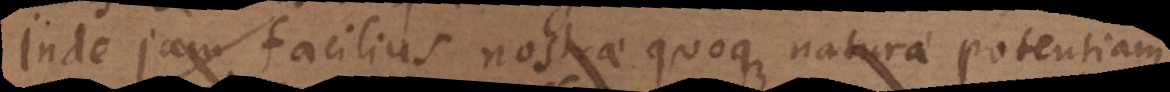
Inde jam facilius nostrae quoque naturae potentiam